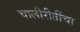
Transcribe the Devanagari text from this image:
चालीरीतींचा